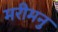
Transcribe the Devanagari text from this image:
मरीमनु